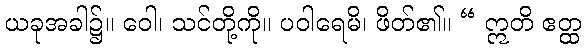
ယခုအခါ၌။ ဝေါ၊ သင်တို့ကို။ ပဝါရေမိ၊ ဖိတ်၏။ “ ဣတိ ဧတ္ထ